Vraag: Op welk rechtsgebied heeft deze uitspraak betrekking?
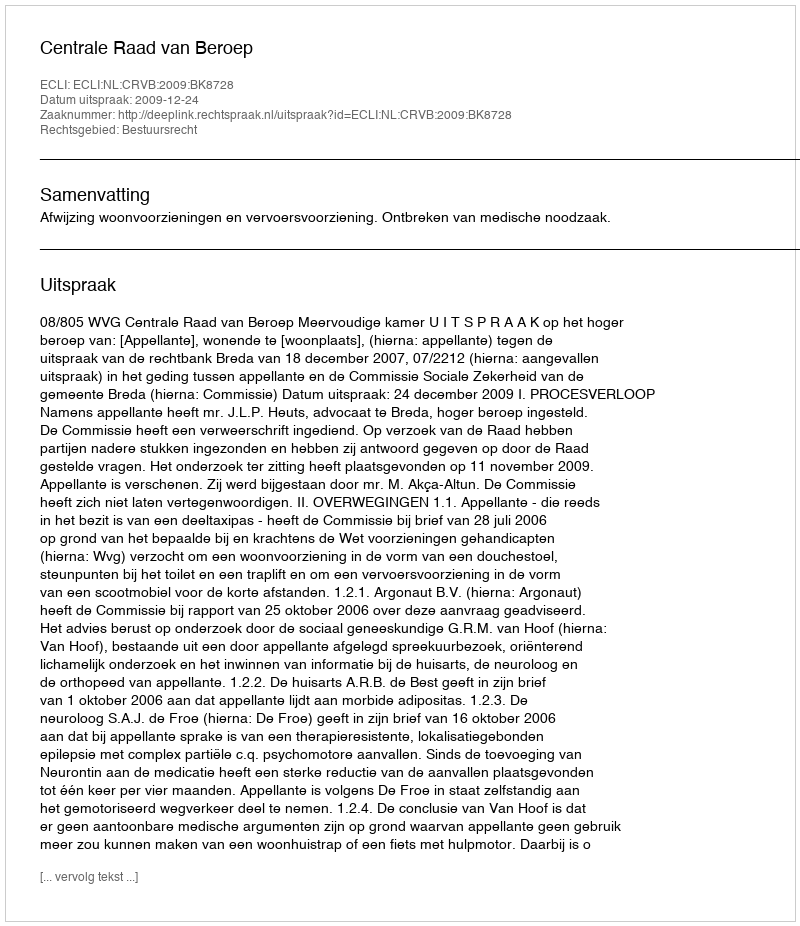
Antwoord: Bestuursrecht